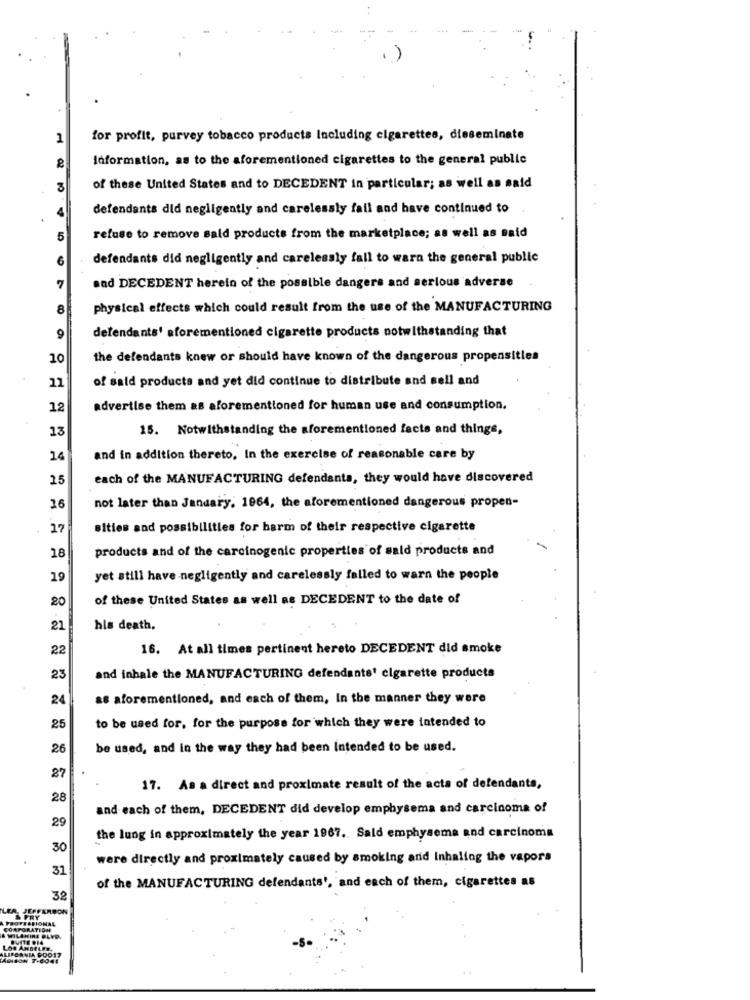
for profit, purvey tobacco products Including cigarettes, disseminate
Information, as to the aforementioned cigarettes to the general public
3
of these United States and to DECEDENT in particular; as well as said
4
defendants did negligently and carelessly fall and have continued to
5
refuse to remove sald products from the marketplace; as well as said
6
defendants did negligently and carelessly fall to warn the general public
and DECEDENT herein of the possible dangers and serious adverse
7
8
physical effects which could result from the use of the MANUFACTURING
defendants' aforementioned cigarette products notwithstanding that
9
10
the defendants knew or should have known of the dangerous propensitles
11
of said products and yet did continue to distribute and sell and
12
advertise them as aforementioned for human use and consumption.
13
15. Notwithstanding the aforementioned facts and things,
24
and in addition thereto, In the exercise of reasonable care by
25
each of the MANUFACTURING defendants, they would have discovered
not later than January, 1964, the aforementioned dangerous propen-
16
27
sities and possibilities for harm of their respective cigarette
products and of the carcinogenic properties of said products and
18
19
yet still have negligently and carelessly failed to warn the people
20
of these United States as well as DECEDENT to the date of
21
his death.
22
16. At all times pertinent hereto DECEDENT did smoke
23
and inhale the MANUFACTURING defendants' cigarette products
24
as aforementioned, and each of them, In the manner they were
25
to be used for, for the purpose for which they were intended to
26
be used, and in the way they had been Intended to be used.
27
17. As a direct and proximate result of the acta of defendants,
28
and each of them, DECEDENT did develop emphysema and carcinoma of
29
the lung in approximately the year 1967. Sald emphysema and carcinoma
30
were directly and proximately caused by smoking and inhaling the vapors
31
of the MANUFACTURING defendants', and each of them, cigarettes as
32
LER, JEFFERSON
PROFESSIONAL
FRY
CORPORATION
. WILSHIRE BLVD.
LIFORNIA FOO17